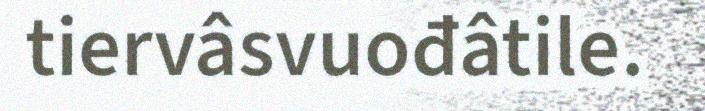
tiervâsvuođâtile.